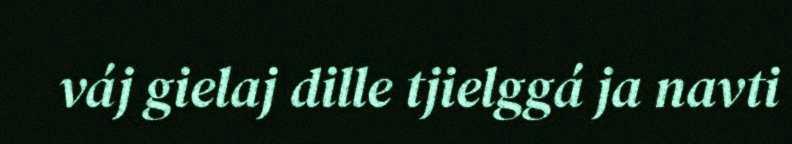
váj gielaj dille tjielggá ja navti